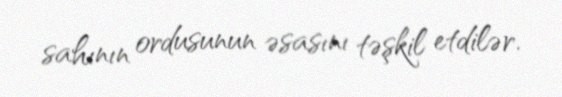
sahının ordusunun əsasını təşkil etdilər.